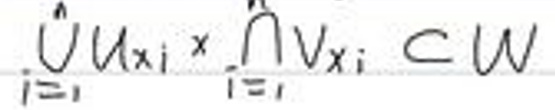
\[
\bigcup_{i = 1}^{n} U_{x_i} \times \bigcap_{i = 1}^{n} V_{x_i} \subset W
\]